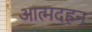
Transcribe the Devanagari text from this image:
आत्मदहन